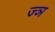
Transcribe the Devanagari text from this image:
ज्‍ञ